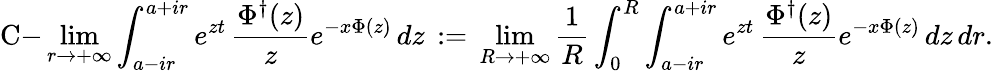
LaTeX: \mathrm{C-}\operatorname*{lim}_{r\to+\infty}\int_{a-ir}^{a+ir}e^{zt}\, \frac{\Phi^{\dagger}(z)}{z}e^{-x\Phi(z)}\, dz\, :=\, \operatorname*{lim}_{R\to+\infty}\frac{1}{R}\int_{0}^{R}\int_{a-ir}^{a+ir}e^{zt}\, \frac{\Phi^{\dagger}(z)}{z}e^{-x\Phi(z)}\, dz\, dr.